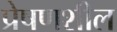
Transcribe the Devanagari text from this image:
प्रेषणशील